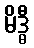
မိဒ္ဓီ